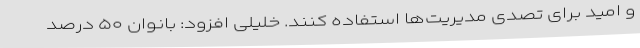
و امید برای تصدی مدیریت‌ها استفاده کنند. خلیلی افزود: بانوان ۵۰ درصد